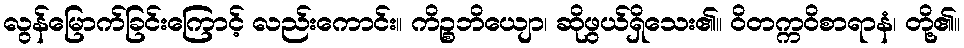
လွန်မြောက်ခြင်းကြောင့် လည်းကောင်း။ ကိဉ္စဘိယျော၊ ဆိုဖွယ်ရှိသေး၏။ ဝိတက္ကဝိစာရာနံ၊ တို့၏။